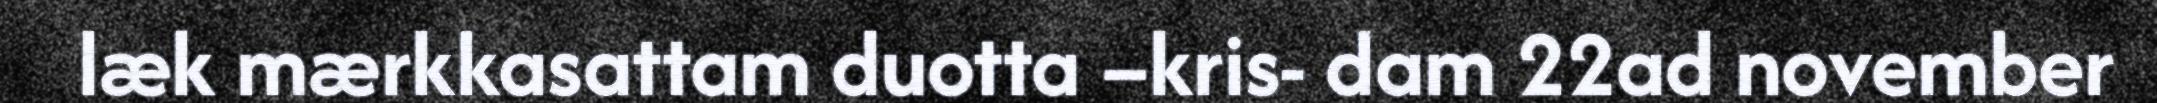
læk mærkkasattam duotta –kris- dam 22ad november